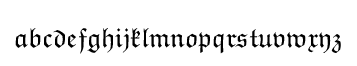
{\mathfrak {a}}{\mathfrak {b}}{\mathfrak {c}}{\mathfrak {d}}{\mathfrak {e}}{\mathfrak {f}}{\mathfrak {g}}{\mathfrak {h}}{\mathfrak {i}}{\mathfrak {j}}{\mathfrak {k}}{\mathfrak {l}}{\mathfrak {m}}{\mathfrak {n}}{\mathfrak {o}}{\mathfrak {p}}{\mathfrak {q}}{\mathfrak {r}}{\mathfrak {s}}{\mathfrak {t}}{\mathfrak {u}}{\mathfrak {v}}{\mathfrak {w}}{\mathfrak {x}}{\mathfrak {y}}{\mathfrak {z}}